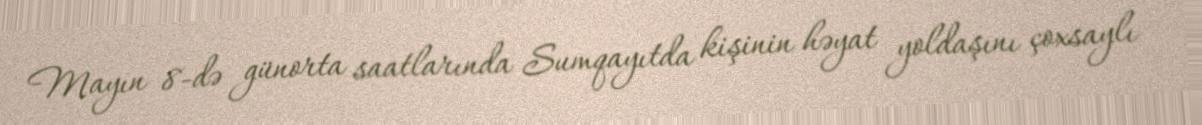
Mayın 8-də günorta saatlarında Sumqayıtda kişinin həyat yoldaşını çoxsaylı